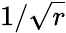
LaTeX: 1/\sqrt{r}